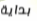
بداية